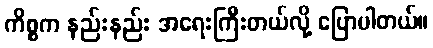
ကိစ္စက နည်းနည်း အရေးကြီးတယ်လို့ ပြောပါတယ်။